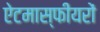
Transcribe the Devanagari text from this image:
ऐटमास्फीयरों